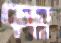
কম